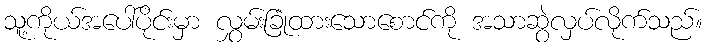
သူ့ကိုယ်အပေါ်ပိုင်းမှာ လွှမ်းခြုံထားသောစောင်ကို အသာဆွဲလှပ်လိုက်သည်။